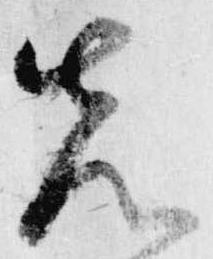
先